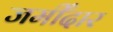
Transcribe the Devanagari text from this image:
जमीँदार